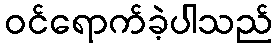
ဝင်ရောက်ခဲ့ပါသည်